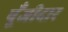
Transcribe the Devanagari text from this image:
पूँजीदार